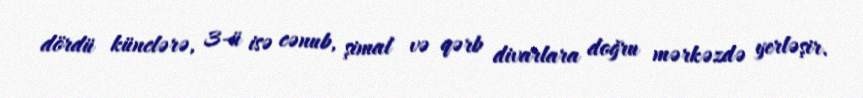
dördü künclərə, 3-ü isə cənub, şimal və qərb divarlara doğru mərkəzdə yerləşir.